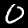
Digit: 0